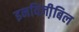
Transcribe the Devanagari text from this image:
इनविजी़बिल